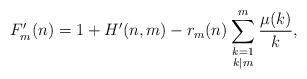
LaTeX: \begin{align*}F'_m (n) = 1 + H'(n,m) - r_m(n) \sum_{\begin{smallmatrix}k=1\\k|m\end{smallmatrix}}^m \frac{\mu(k)}{k},\end{align*}